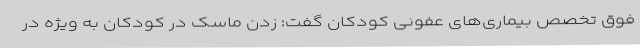
فوق تخصص بیماری‌های عفونی کودکان گفت: زدن ماسک در کودکان به ویژه در